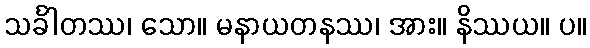
သင်္ခါတဿ၊ သော။ မနာယတနဿ၊ အား။ နိဿယ။ ပ။